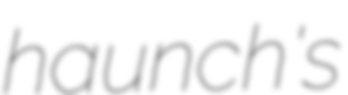
haunch's